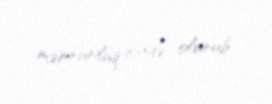
məmnunluq ifadə olunub.